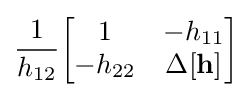
{\frac {1}{h_{12}}}{\begin{bmatrix}1&-h_{11}\\-h_{22}&\Delta \mathbf {[h]} \end{bmatrix}}